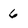
Character: 6